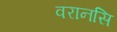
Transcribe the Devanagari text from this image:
वरानसि